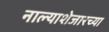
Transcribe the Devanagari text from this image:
नाल्याशेजारच्या